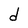
Character: d